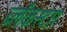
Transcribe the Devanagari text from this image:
ब्लॅकस्टार